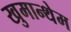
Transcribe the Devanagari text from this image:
खुमान्थेम